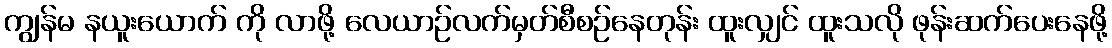
ကျွန်မ နယူးယောက် ကို လာဖို့ လေယာဉ်လက်မှတ်စီစဉ်နေတုန်း ထူးလျှင် ထူးသလို ဖုန်းဆက်ပေးနေဖို့